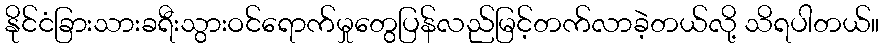
နိုင်ငံခြားသားခရီးသွားဝင်ရောက်မှုတွေပြန်လည်မြင့်တက်လာခဲ့တယ်လို့ သိရပါတယ်။